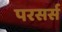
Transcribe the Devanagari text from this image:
परसर्स